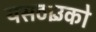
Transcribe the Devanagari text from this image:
यसठाउँको